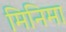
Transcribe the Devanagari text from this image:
मिनिमा